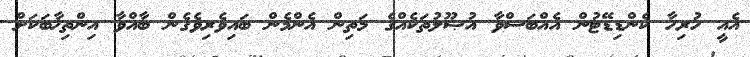
އެއީ ހުރިހާ ކެންޑިޑޭޓުން އެއްބަސްވާ އުޞޫލުތަކެއްގެ މަތިން އެންމެން ބައިވެރިވެގެން ބާއްވާ އިންތިޚާބަކަށް